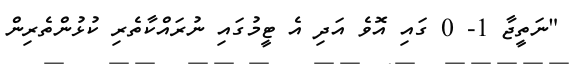
"ނަތީޖާ 1- 0 ގައި އޮވެ އަދި އެ ޓީމުގައި ނުރައްކާތެރި ކުޅުންތެރިން